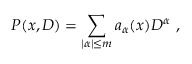
P ( x , D ) = \sum _ { | \alpha | \leq m } a _ { \alpha } ( x ) D ^ { \alpha } \ ,